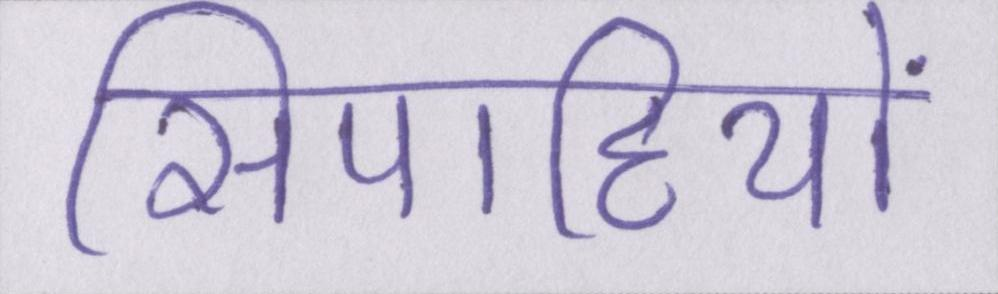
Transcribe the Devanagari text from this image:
सिपाहियों